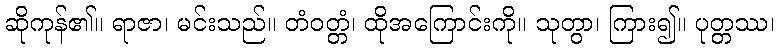
ဆိုကုန်၏။ ရာဇာ၊ မင်းသည်။ တံဝတ္တံ၊ ထိုအကြောင်းကို။ သုတွာ၊ ကြား၍။ ပုတ္တဿ၊